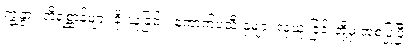
ကျွဲနွား တိရစ္ဆာန်များ ခိုးယူခြင်း၊ ကောက်ပဲသီးနှံများ လုယူ ခြင်းတို့မှ အစပြုပြီး